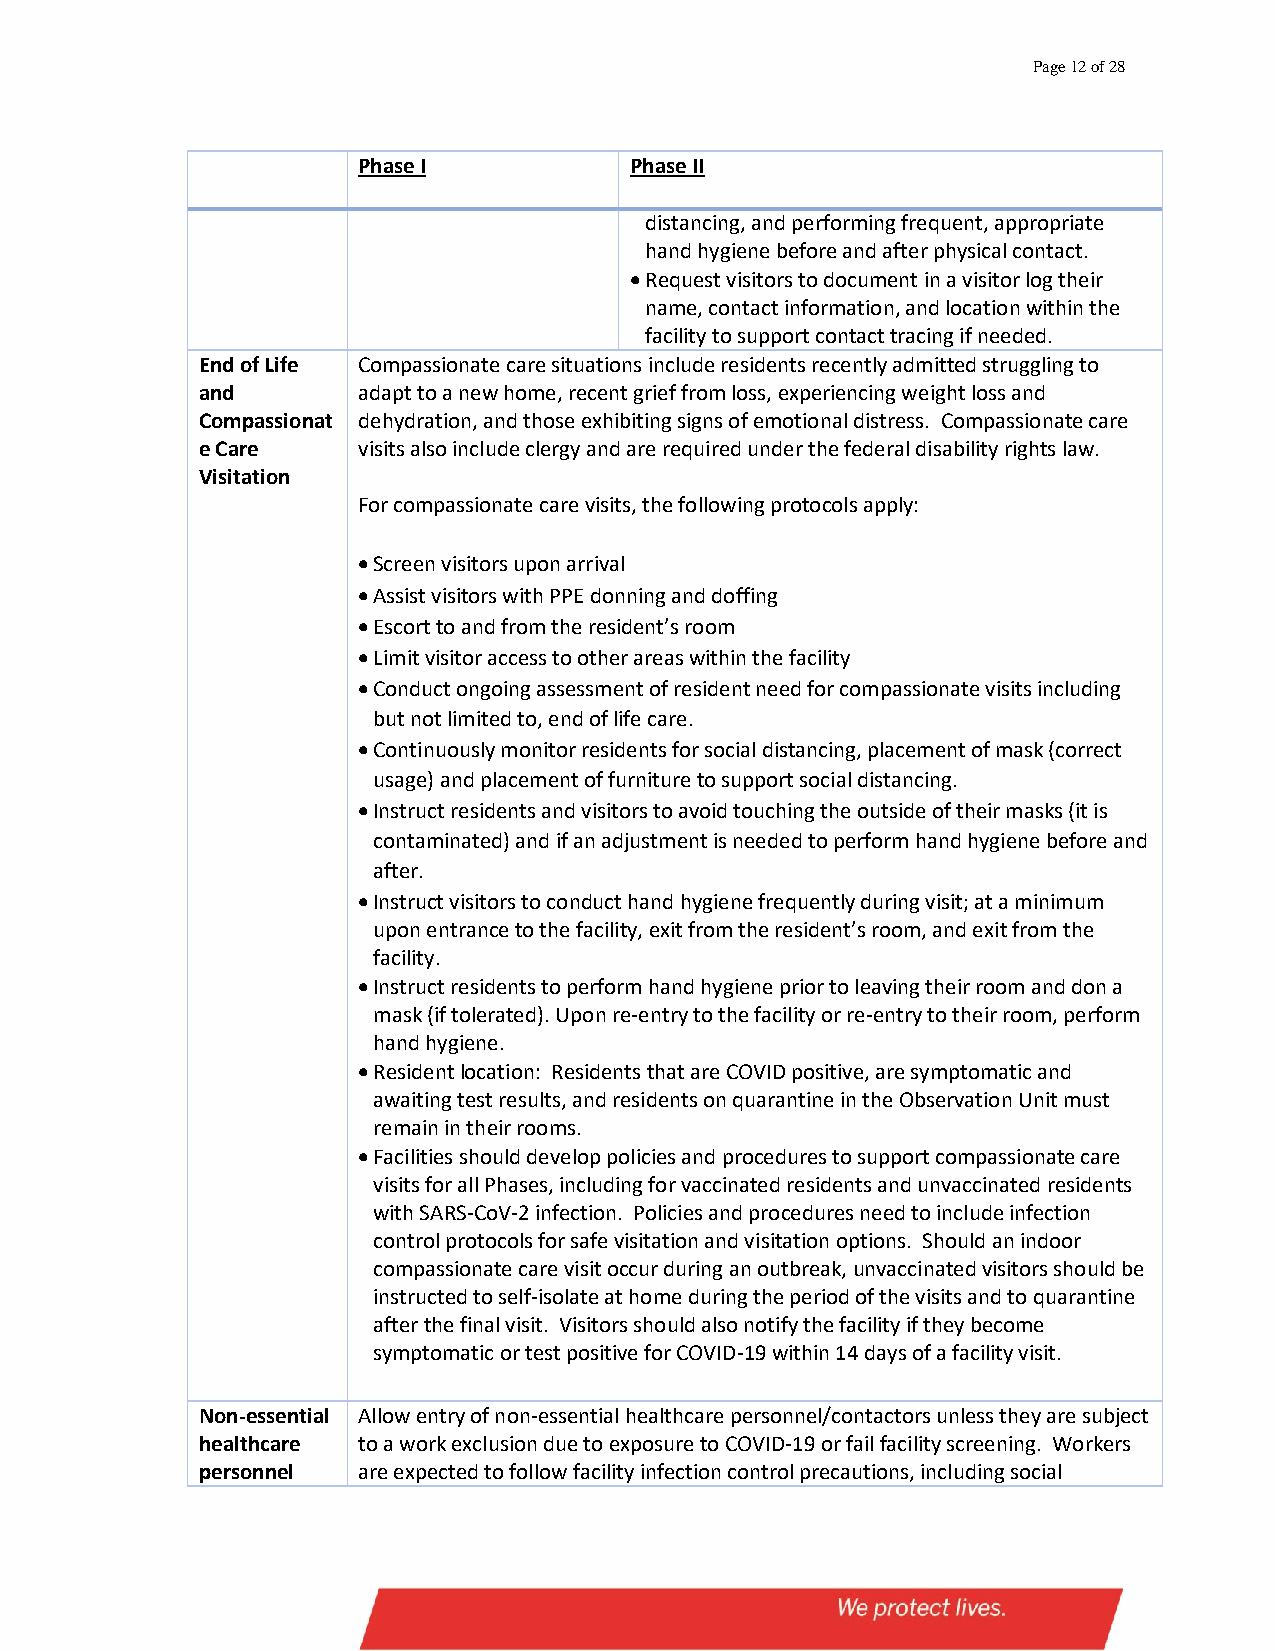
Page 12 of 28
 Phase I           Phase II
 distancing, and performing frequent, appropriate
 hand hygiene before and after physical contact.
 • Request visitors to document in a visitor log their
 name, contact information, and location within the
 facility to support contact tracing if needed.
 End of Life Compassionate care situations include residents recently admitted struggling to
 and        adapt to a new home, recent grief from loss, experiencing weight loss and
 Compassionat dehydration, and those exhibiting signs of emotional distress. Compassionate care
 e Care     visits also include clergy and are required under the federal disability rights law.
 Visitation
 For compassionate care visits, the following protocols apply:
 • Screen visitors upon arrival
 • Assist visitors with PPE donning and doffing
 • Escort to and from the resident’s room
 • Limit visitor access to other areas within the facility
 • Conduct ongoing assessment of resident need for compassionate visits including
 but not limited to, end of life care.
 • Continuously monitor residents for social distancing, placement of mask (correct
 usage) and placement of furniture to support social distancing.
 • Instruct residents and visitors to avoid touching the outside of their masks (it is
 contaminated) and if an adjustment is needed to perform hand hygiene before and
 after.
 • Instruct visitors to conduct hand hygiene frequently during visit; at a minimum
 upon entrance to the facility, exit from the resident’s room, and exit from the
 facility.
 • Instruct residents to perform hand hygiene prior to leaving their room and don a
 mask (if tolerated). Upon re-entry to the facility or re-entry to their room, perform
 hand hygiene.
 • Resident location: Residents that are COVID positive, are symptomatic and
 awaiting test results, and residents on quarantine in the Observation Unit must
 remain in their rooms.
 • Facilities should develop policies and procedures to support compassionate care
 visits for all Phases, including for vaccinated residents and unvaccinated residents
 with SARS-CoV-2 infection. Policies and procedures need to include infection
 control protocols for safe visitation and visitation options. Should an indoor
 compassionate care visit occur during an outbreak, unvaccinated visitors should be
 instructed to self-isolate at home during the period of the visits and to quarantine
 after the final visit. Visitors should also notify the facility if they become
 symptomatic or test positive for COVID-19 within 14 days of a facility visit.
 Non-essential Allow entry of non-essential healthcare personnel/contactors unless they are subject
 healthcare to a work exclusion due to exposure to COVID-19 or fail facility screening. Workers
 personnel  are expected to follow facility infection control precautions, including social